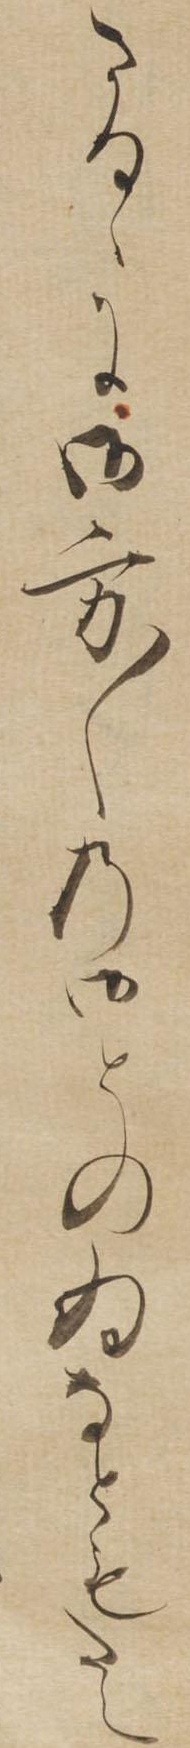
さるゝに御方〱の御とのゐなともたえ